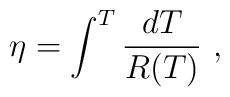
\eta = \int^{T} \frac{d T}{R(T)}~,